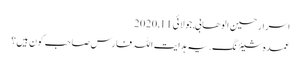
اسرار حسین الوھابی, ‏جولائی 11, 2020
عمدہ شیئرنگ. یہ ہدایت اللہ فارس صاحب کون ہیں؟